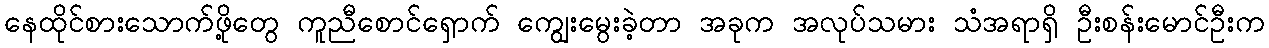
နေထိုင်စားသောက်ဖို့တွေ ကူညီစောင်ရှောက် ကျွေးမွေးခဲ့တာ အခုက အလုပ်သမား သံအရာရှိ ဦးစန်းမောင်ဦးက